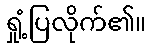
ရှုံ့ပြလိုက်၏။